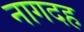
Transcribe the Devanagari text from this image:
नागदह